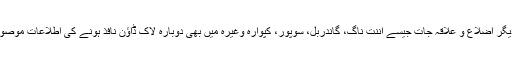
وادی کے دیگر اضلاع و علاقہ جات جیسے اننت ناگ، گاندربل، سوپور، کپوارہ وغیرہ میں بھی دوبارہ لاک ڈاؤن نافذ ہونے کی اطلاعات موصول ہوئی ہیں۔